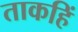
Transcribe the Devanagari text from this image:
ताकहिं